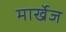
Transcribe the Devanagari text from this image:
मार्खेज